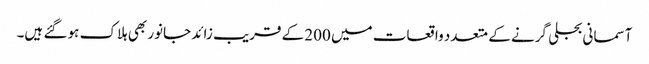
آسمانی بجلی گرنے کے متعدد واقعات میں 200 کے قریب زائد جانور بھی ہلاک ہو گئے ہیں۔